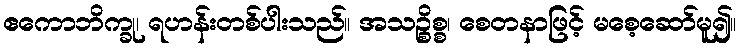
ဧကောဘိက္ခု၊ ရဟန်းတစ်ပါးသည်။ အသဉ္စိစ္စ၊ စေတနာဖြင့် မစေ့ဆော်မူ၍။